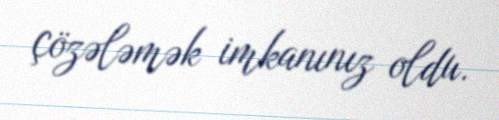
çözələmək imkanınız oldu.